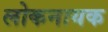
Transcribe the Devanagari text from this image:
लोकनायक